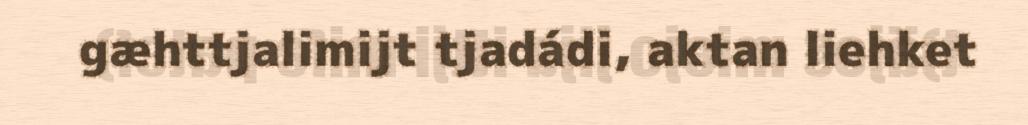
gæhttjalimijt tjadádi, aktan liehket